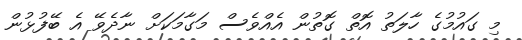
މި ގައުމުގެ ހާލަތު އޮތް ގޮތުން އެއްވެސް މަގާމަކަށް ނާދެވޭ އެ ބޭފުޅުން